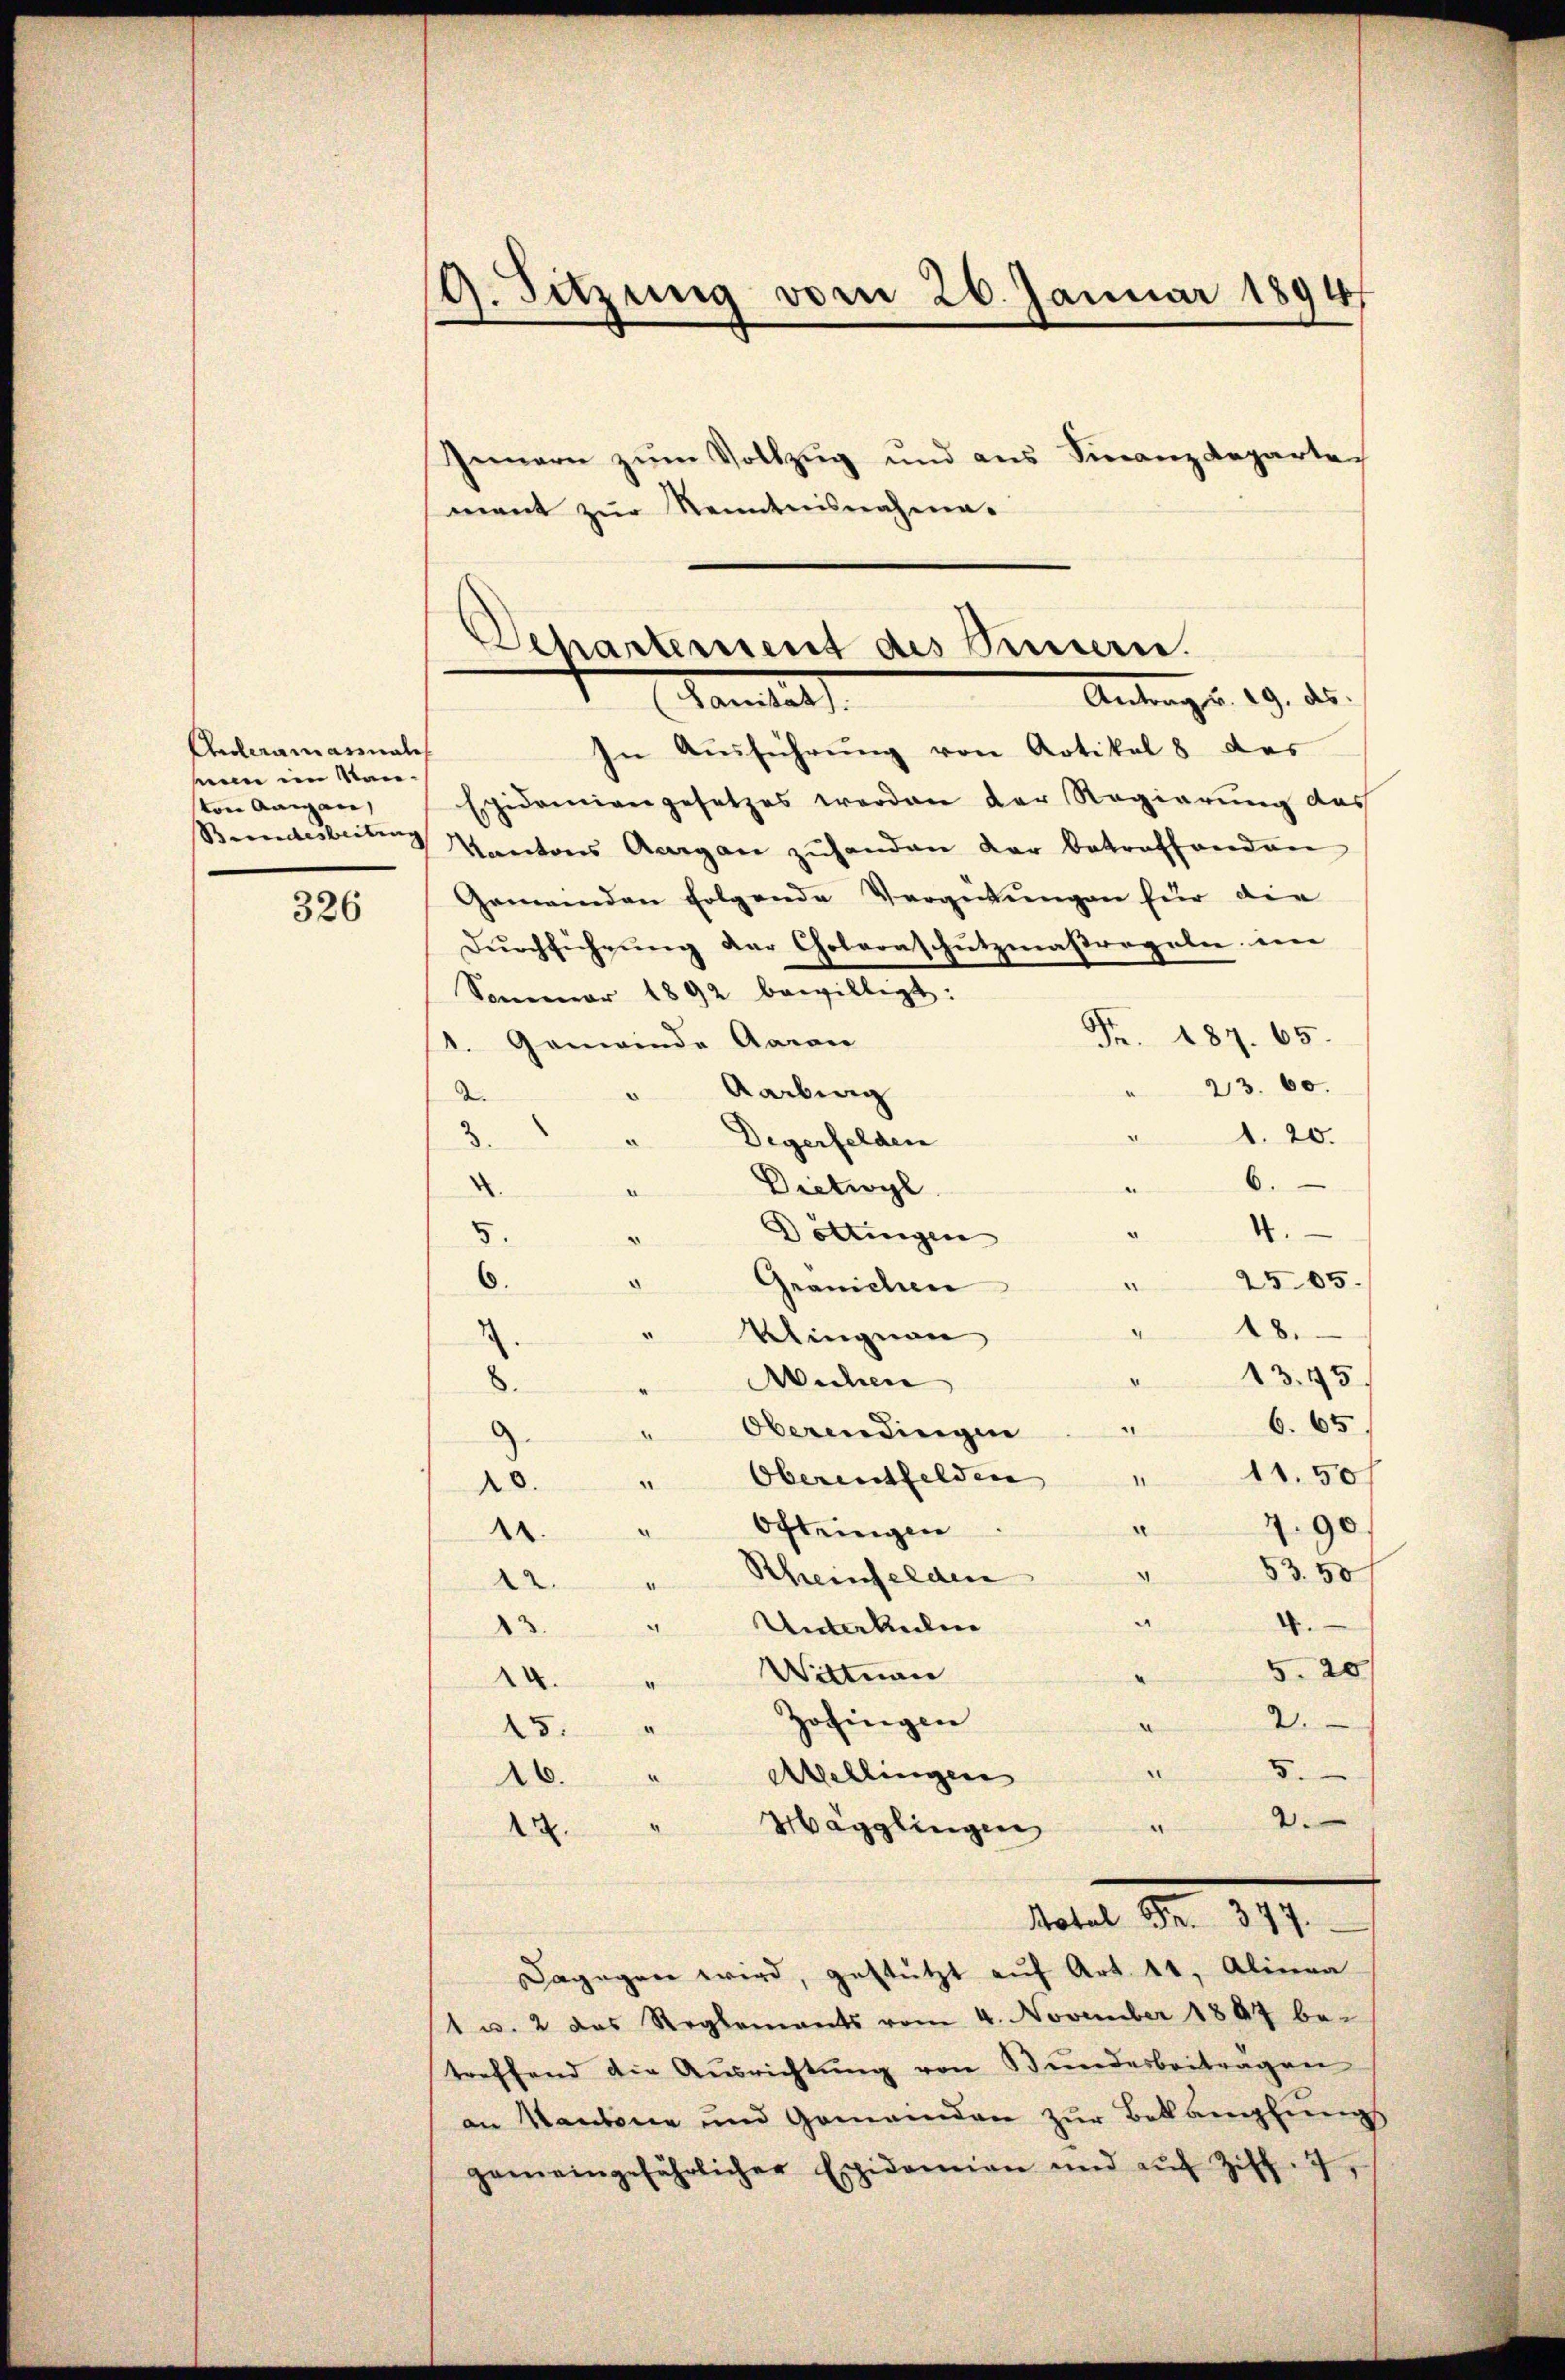
Unteramatinale
nem im Santon Aargau,

326

19. Sitzung vom 26. Januar 18947

Innern zum Vollzug und aus Finanzdeparte
mant zur Kenntnisnahme.

In Ausführung von Artikel 8 des
Epidemiengesetzes werden der Regierung des
Bundesbeiten Kantons Aargau zŭ handen der betroffenden
Gemeinden folgende Vergütŭngen für die
Dŭrchführung der Choleraschutzmaßregale ein
Sommer 1892 bewilligt:
Fr. 187. 65.
1. Gemeinde Aarau
23. 60.
Aarburg
d.
1. 20.
Degerfelden
6
Dictivyl
.
I.
Döttingen
5.
6.
2505.
Gränichen
18.
Klingnau
13.45.
Wichen
¬
6. 65.
8
" Oberendingen
11.50 f
Oberentfelden
II
20.
7.90
Oftringen
.
83. 50
Rheinfelden
d
4.
Unterkalen
A
3
5.20
Wittnan
.
Zofingen
2.
a
15."
5
Abhellingen |
e
26.
Wägglingen 2
.
Hotel Fr. 347.
dagegen wird, gestützt auf Art. 11, Alinea
1 u. 2 das Reglements vom 4. November 1897 be-
treffend die Ausrichtung von Bundesbeiträgen
an Kantone und Gemeinden zur Beklamlungs
gemeingefährlicher Epidemien und aŭf Ziff. 7,

Departement des Simern.
Antrag u. 29. ds.
Samtal